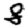
Digit: 8